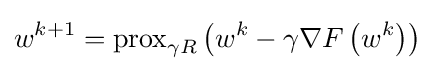
w^{k+1}=\operatorname {prox} _{\gamma R}\left(w^{k}-\gamma \nabla F\left(w^{k}\right)\right)